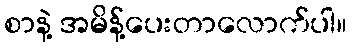
စာနဲ့ အမိန့်ပေးတာလောက်ပါ။